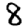
Digit: 8